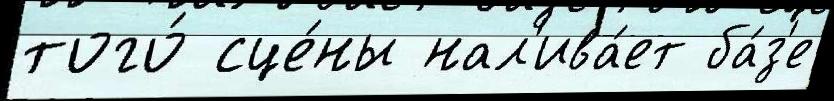
того́ сце́ны нал'ива́ет ба́з'е